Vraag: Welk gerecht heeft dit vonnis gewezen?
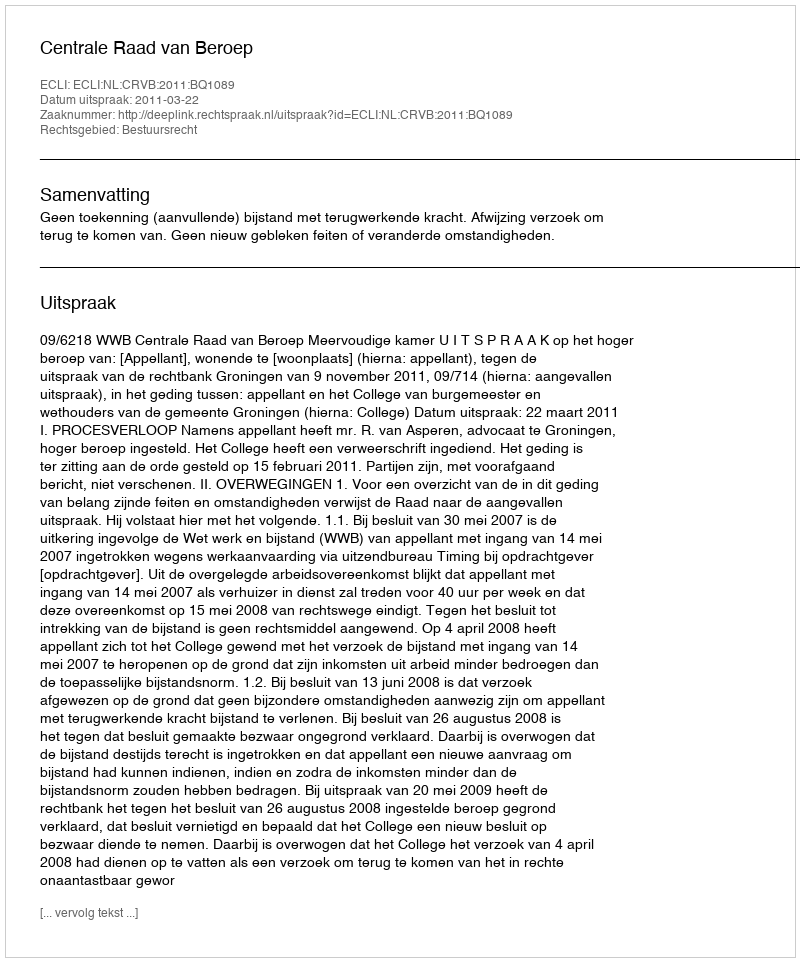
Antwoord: Centrale Raad van Beroep